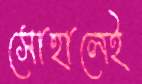
সোহালেই